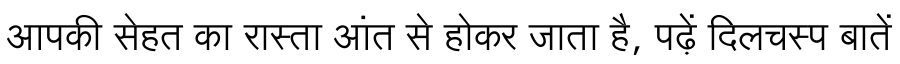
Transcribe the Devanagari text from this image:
आपकी सेहत का रास्ता आंत से होकर जाता है, पढ़ें दिलचस्प बातें